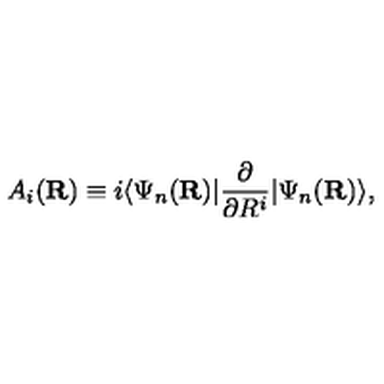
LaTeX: A _ { i } ( { \bf R } ) \equiv i \langle \Psi _ { n } ( { \bf R } ) | \frac { \partial } { \partial R ^ { i } } | \Psi _ { n } ( { \bf R } ) \rangle ,